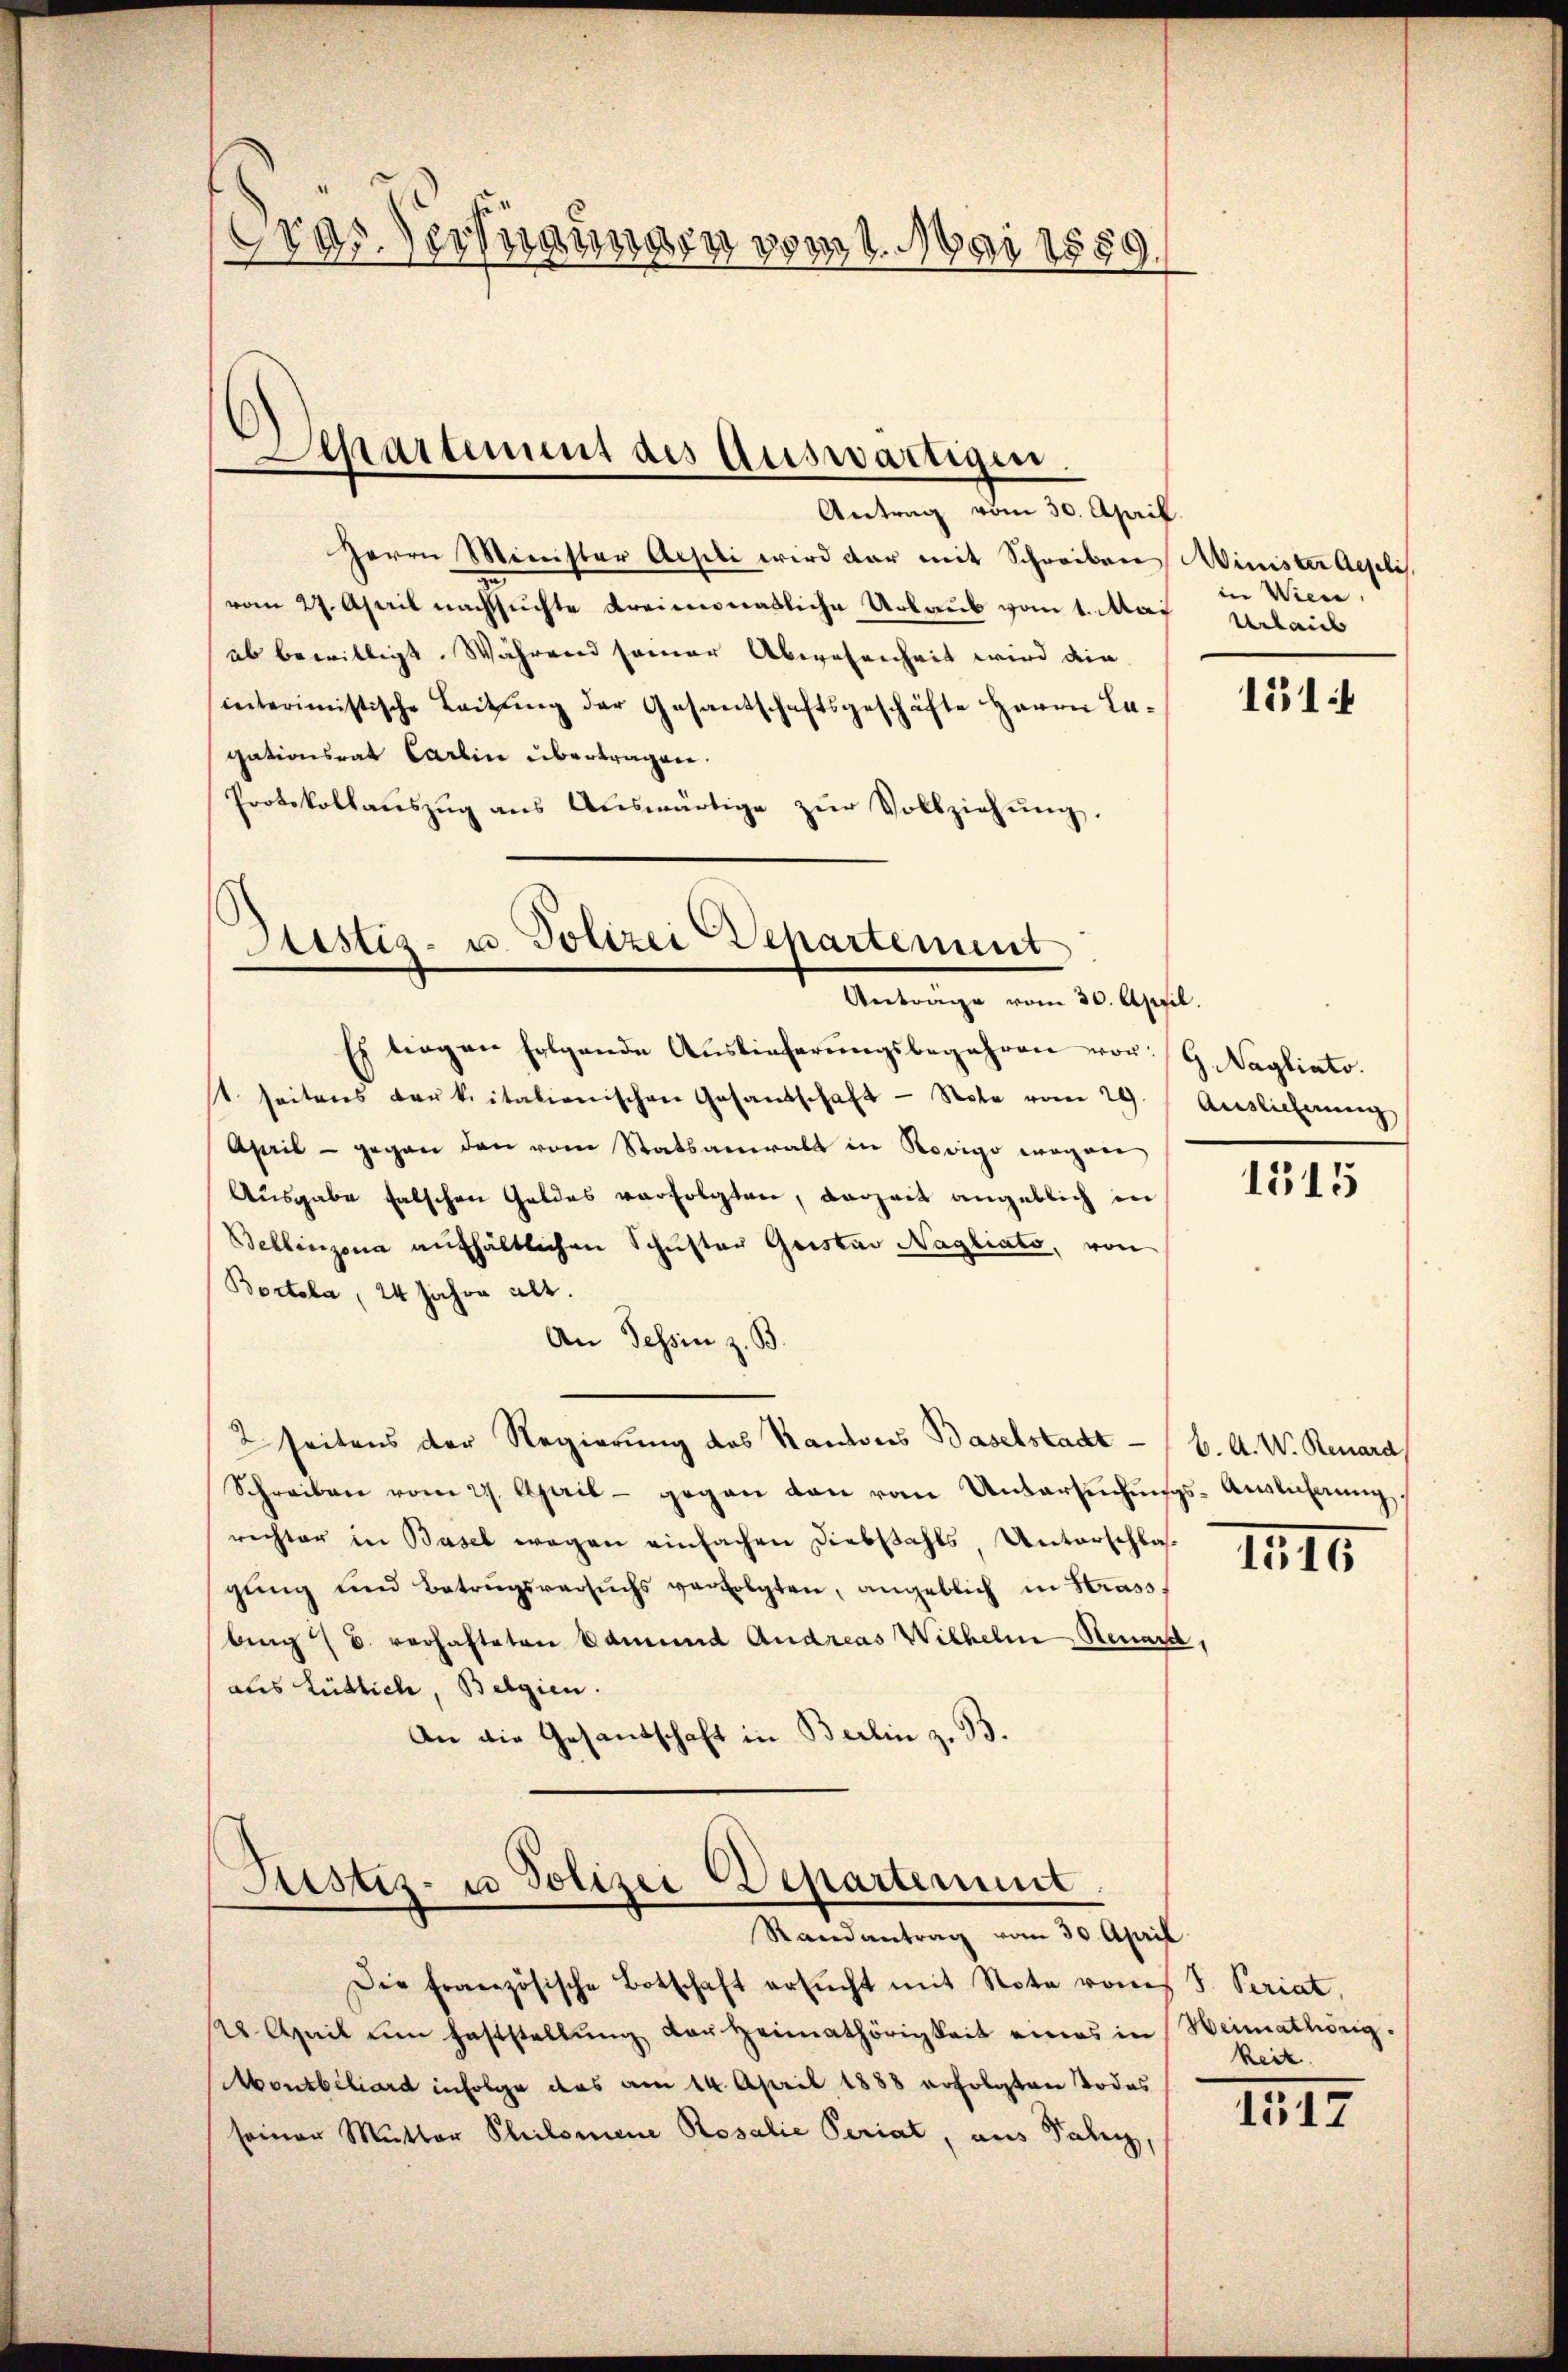
Gras Verfügungen vom 1. Mai 1859.

Antrag vom 30. April
Herrn Minister Acheli wird dar mit Schreiben Winister Angelis.
vom 27. April nachsuchte Kreimonatliche Urlaub vom 1. Mai Urlaub
ab bewilligt. Während seiner Abwesenheit wird die
interimistische Leitung der Gesandschaftsgeschäfte Herrn Lagationsrat Carlin übertragen.
Protokollaŭszŭg aŭs Aŭswärtige zŭr Vollziehŭng.

Apartement des Auswärtigen

Zistig- u. Polizei Departement
Antrage vom 30. April.

Sistiz- u Polizei Departement
Randantrag vom 30. April

Die französische Botschaft ersŭcht mit Note vom 3. Seriat,
/22. April um Faststellŭng der Heimathörigkeit eines in Weimathörig.
Montbiliard infolge das am 14. April 1888 erfolgten Todes
seiner Mutter Philomene Rosalie Periat, aus Paler,

in Wien

Es liegen folgende Auslieferŭngsbegehren vor G. Nagliato.
st seitens Baŭkoitalienischen Gesandschaft - Note vom 29. Auslicherenz
April - gegen den vom Statsanwalt in Rovigo wagner
Ausgabe falschen Geldes verfolgten, derzeit angeblich in
Bellinzona aufhältlichen Schuster Geistav Nagliato, von
Bortela, 24 Jahre alt.
An Tessin z. B.
2 seitens der Regierung des Kantons Baselstadt - (b. A. W. Renard
Schreiben vom 27. April - gegen den vom Untersŭchŭngs-Ausführung,
rechter in Basel wegen einfachen Diebstahls Unterschlas
gŭng und Betrugsversŭchs verfolgten, angeblich in Strass-
bing verhafteten Edmund Andreas Wilhelm Neuard,
aus Rüdlich, Belgien.
An die Gesandschaft in Berlin z. B.

151

1515

IIII.

keit.

IIII.